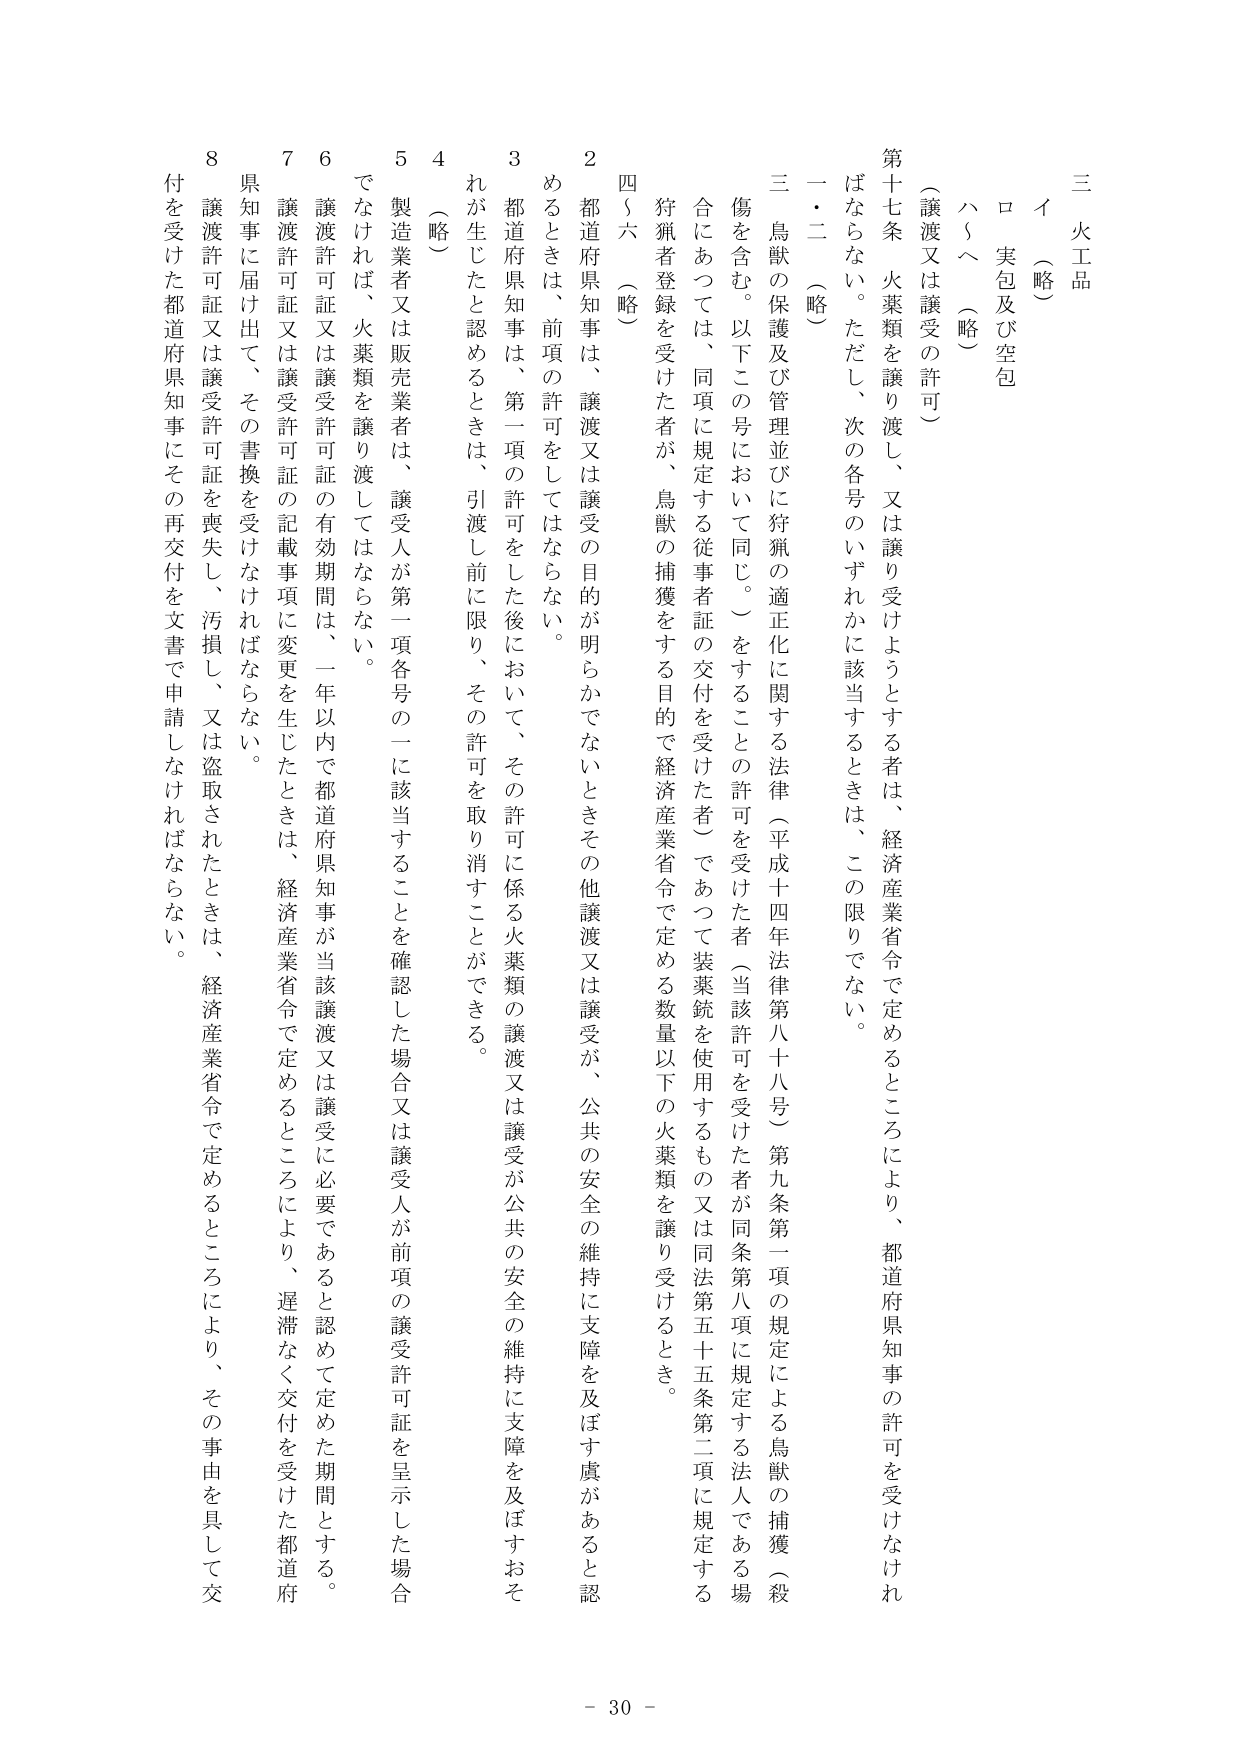
三 火工品
イ（略）
ロ 実包及び空包
ハ～ヘ（略）

（譲渡又は譲受の許可）
第十七条 火薬類を譲り渡し、又は譲り受けようとする者は、経済産業省令で定めるところにより、都道府県知事の許可を受けなければならな い。ただし、次の各号のいずれかに該当するときは、この限りでない。
一・二（略）
三 鳥獣の保護及び管理並びに狩猟の適正化に関する法律（平成十四年法律第八十八号）第九条第一項の規定による鳥獣の捕獲（殺傷を含む。以下この号において同じ。）をすることの許可を受けた者（当該許可を受けた者が同条第八項に規定する法人である場合にあっては、同項に規定する従事者証の交付を受けた者）であって装薬銃を使用するもの又は同法第五十五条第二項に規定する狩猟者登録を受けた者が、鳥獣の捕獲をする目的で経済産業省令で定める数量以下の火薬類を譲り受けるとき。
四～六（略）
２ 都道府県知事は、譲渡又は譲受の目的が明らかでないときその他譲渡又は譲受が、公共の安全の維持に支障を及ぼす虞があると認めるときは、前項の許可をしてはならない。
３ 都道府県知事は、第一項の許可をした後において、その許可に係る火薬類の譲渡又は譲受が公共の安全の維持に支障を及ぼすおそれが生じたと認めるときは、引渡し前に限り、その許可を取り消すことができる。
４（略）
５ 製造業者又は販売業者は、譲受人が第一項各号の一に該当することを確認した場合又は譲受人が前項の譲受許可証を呈示した場合でなければ、火薬類を譲り渡してはならない。
６ 譲渡許可証又は譲受許可証の有効期間は、一年以内で都道府県知事が当該譲渡又は譲受に必要であると認めて定めた期間とする。
７ 譲渡許可証又は譲受許可証の記載事項に変更を生じたときは、経済産業省令で定めるところにより、遅滞なく交付を受けた都道府県知事に届け出て、その書換を受けなければならない。
８ 譲渡許可証又は譲受許可証を喪失し、汚損し、又は盗取されたときは、経済産業省令で定めるところにより、その事由を具して交付を受けた都道府県知事にその再交付を文書で申請しなければならない。

- 30 -